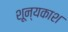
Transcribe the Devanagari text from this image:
शून्यकाश